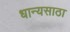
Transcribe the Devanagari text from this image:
धान्यसाठा